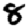
Digit: 8